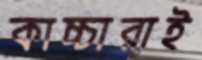
কাচ্চারাই